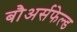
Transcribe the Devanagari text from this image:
बौअर्सफेल्ड